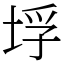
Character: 垺